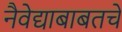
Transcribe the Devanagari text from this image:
नैवेद्याबाबतचे